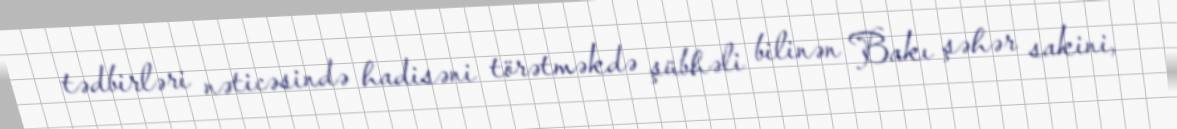
tədbirləri nəticəsində hadisəni törətməkdə şübhəli bilinən Bakı şəhər sakini,